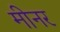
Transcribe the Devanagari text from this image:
मीनर